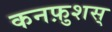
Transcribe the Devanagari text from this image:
कनफ़ुशस्